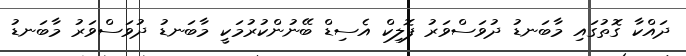
ދައްކާ ގޮތުގައި މާބަނޑު ދުވަސްވަރު ފޮލިކް އެސިޑް ބޭނުންކުރުމަކީ މާބަނޑު ދުވަސްވަރު މާބަނޑު